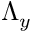
\Lambda _ { y }